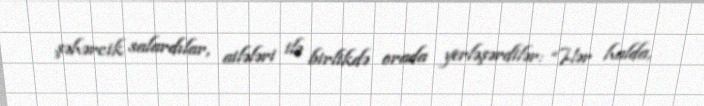
şəhərcik salardılar, ailələri ilə birlikdə orada yerləşərdilər: “Hər halda,